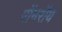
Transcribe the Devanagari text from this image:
पॉमरॉय